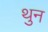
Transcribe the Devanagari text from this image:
थुन